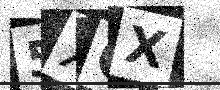
Text: 5XCX